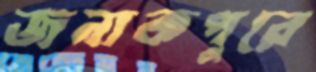
জনাকপুরে